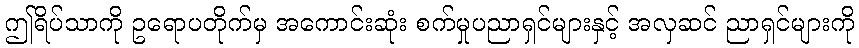
ဤရိပ်သာကို ဥရောပတိုက်မှ အကောင်းဆုံး စက်မှုပညာရှင်များနှင့် အလှဆင် ညာရှင်များကို